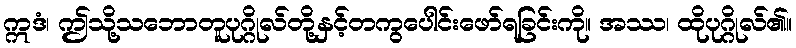
ဣဒံ၊ ဤသို့သဘောတူပုဂ္ဂိုလ်တို့နှင့်တကွပေါင်းဖော်ရခြင်းကို။ အဿ၊ ထိုပုဂ္ဂိုလ်၏။